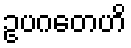
ဥပဂတေဟိ